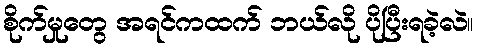
စိုက်မှုတွေ အရင်ကထက် ဘယ်လို ပိုပြီးရခဲ့လဲ။